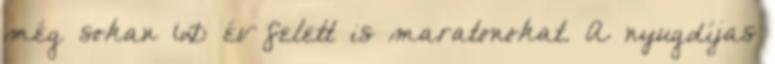
még sokan 60 év felett is maratonokat. A nyugdíjas